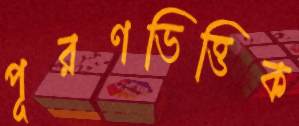
পূরণভিত্তিক